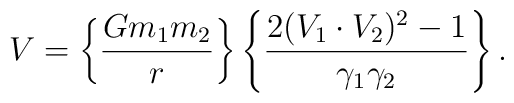
V = \left\{ {G m_1 m_2 \over r}  \right\}    \left\{ {2(V_1 \cdot V_2)^2 -1 \over \gamma_1 \gamma_2} \right\}.